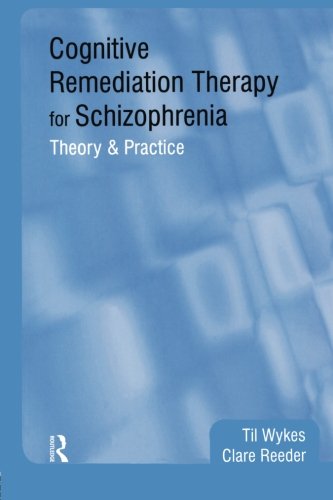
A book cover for Cognitive Remediation Therapy for Schizophrenia: Theory and Practice; Til Wykes; Health, Fitness & Dieting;